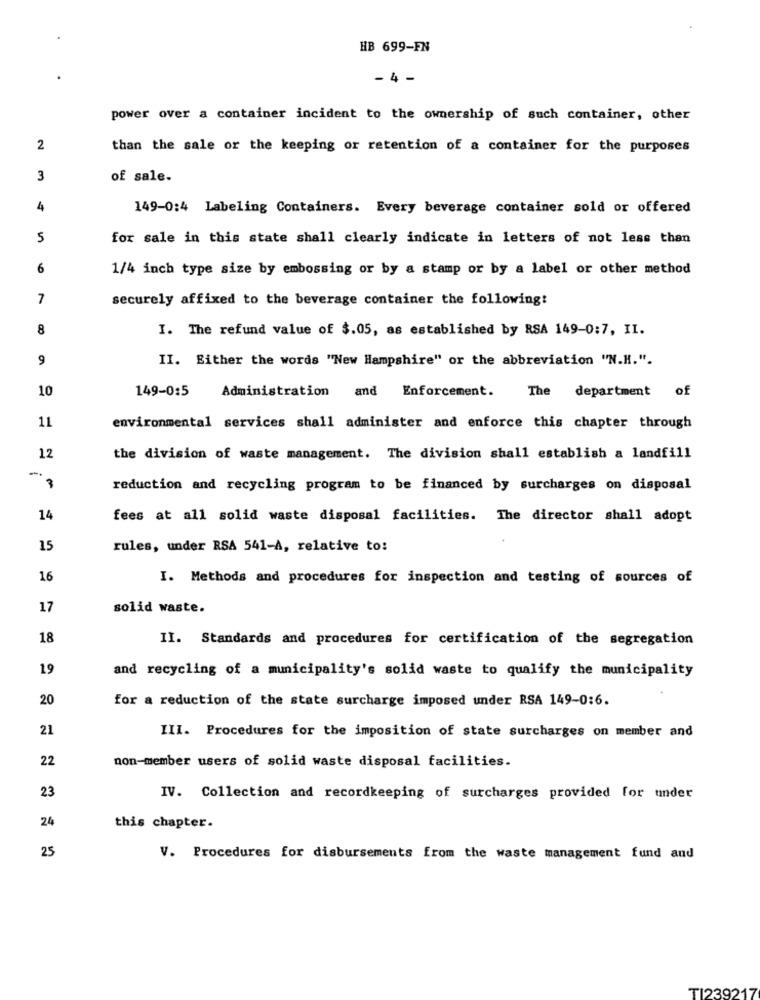
HB 699-FN
- 4 -
power over a container incident to the ownership of such container, other
2
than the sale or the keeping or retention of a container for the purposes
3
of sale.
4
149-0:4 Labeling Containers. Every beverage container sold or offered
5
for sale in this state shall clearly indicate in letters of not less than
6
1/4 inch type size by embossing or by a stamp or by a label or other method
7
securely affixed to the beverage container the following:
8
I. The refund value of $.05, as established by RSA 149-0:7, II.
9
II. Either the words "New Hampshire" or the abbreviation "N.H.".
10
149-0:5
Administration and Enforcement.
The department o
11
environmental services shall administer and enforce this chapter through
12
the division of waste management. The division shall establish a landfill
-
3
reduction and recycling program to be financed by surcharges on disposal
14
fees at all solid waste disposal facilities. The director shall adopt
15
rules, under RSA 541-A, relative to:
16
I. Methods and procedures for inspection and testing of sources of
17
solid waste.
18
II. Standards and procedures for certification of the segregation
19
and recycling of a municipality's solid waste to qualify the municipality
20
for a reduction of the state surcharge imposed under RSA 149-0:6.
21
III. Procedures for the imposition of state surcharges on member and
22
non-member users of solid waste disposal facilities.
23
IV. Collection and recordkeeping of surcharges provided for under
24
this chapter.
25
V. Procedures for disbursements from the waste management fund and
TI23921